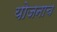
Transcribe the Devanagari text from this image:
योजनाच